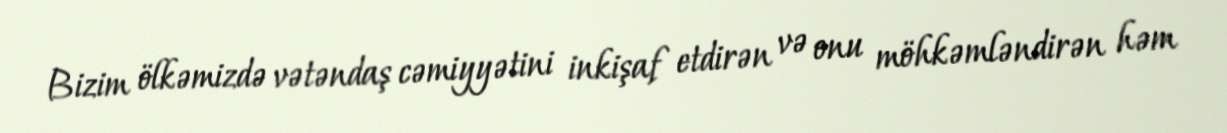
Bizim ölkəmizdə vətəndaş cəmiyyətini inkişaf etdirən və onu möhkəmləndirən həm